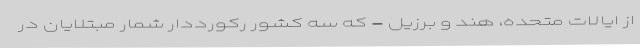
از ایالات متحده، هند و برزیل - که سه کشور رکورددار شمار مبتلایان در